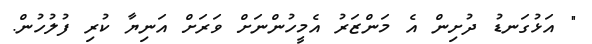
" އަޅުގަނޑު ދުށިން އެ މަންޒަރު އެމީހުންނަށް ވަރަށް އަނިޔާ ކުރި ފުލުހުން.